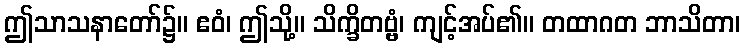
ဤသာသနာတော်၌။ ဧဝံ၊ ဤသို့။ သိက္ခိတဗ္ဗံ၊ ကျင့်အပ်၏။ တထာဂတ ဘာသိတာ၊